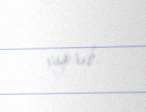
çağırıb.